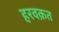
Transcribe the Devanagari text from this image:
हरवक़त